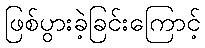
ဖြစ်ပွားခဲ့ခြင်းကြောင့်